Lunatic asylums Madras 1877-1891 - 1877-1891
Year: 1877
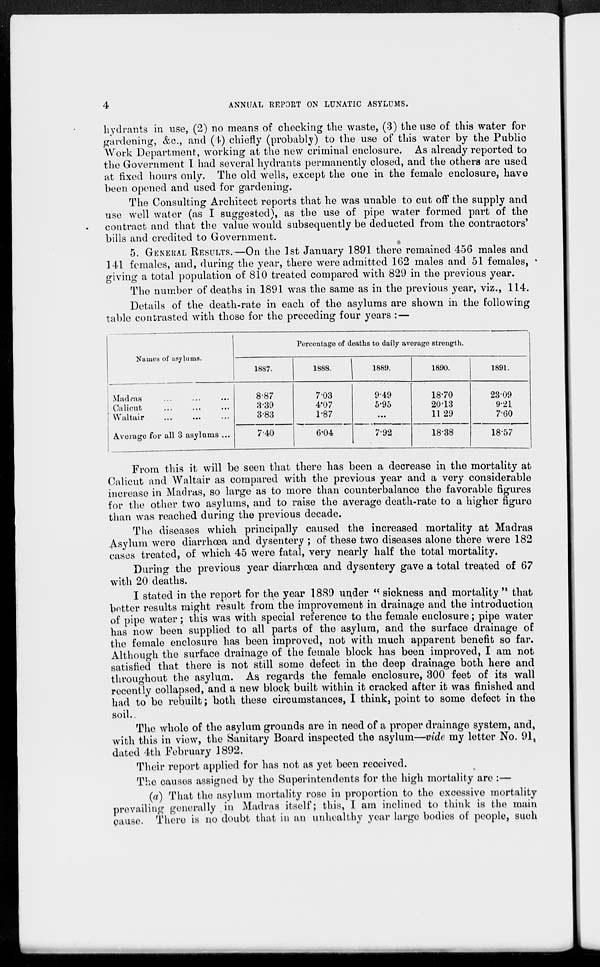
4 ANNUAL REPORT ON LUNATIC ASYLUMS.
hydrants in use, (2) no means of checking the waste, (3) the use of this water for
gardening, &c, and (4) chiefly (probably) to the use of this water by the Public
"Work Department, working at the new criminal enclosure. As already reported to
the Government I had several hydrants permanently closed, and the others are used
at fixed hours only. The old wells, except the one in the female enclosure, have
been opened and used for gardening.
The Consulting Architect reports that he was unable to cut off the supply and
use well water (as I suggested), as the use of pipe water formed part of the
contract and that the value would subsequently be deducted from the contractors'
bills and credited to Government.
5. GENERAL RESULTS.—On the 1st January 1891 there remained 456 males and
141 females, and, during the year, there were admitted 162 males and 51 females,
giving a total population of 810 treated compared with 829 in the previous year.
The number of deaths in 1891 was the same as in the previous year, viz., 114.
Details of the death-rate in each of the asylums are shown in the following
table contrasted with those for the preceding four years :—
Names of asylums.
Madras ... ... ...
Calicut ... ... ...
Waltair ... ... ...
Average for all 3 asylums ...
Percentage of deaths to daily average strength.
1887.
8.87
3.39
3.83
7.40
1888.
7.03
4.07
1.87
6.04
1889.
9.49
5.95
...
7.92
1890.
18.70
20.13
11.29
18.38
1891.
23.09
9.21
7.60
18.57
From this it will be seen that there has been a decrease in the mortality at
Calicut and Waltair as compared with the previous year and a very considerable
increase in Madras, so large as to more than counterbalance the favorable figures
for the other two asylums, and to raise the average death-rate to a higher figure
than was reached during the previous decade.
The diseases which principally caused the increased mortality at Madras
Asylum were diarrhœa and dysentery ; of these two diseases alone there were 182
cases treated, of which 45 were fatal, very nearly half the total mortality.
During the previous year diarrhœa and dysentery gave a total treated of 67
with 20 deaths.
I stated in the report for the year 1889 under " sickness and mortality " that
better results might result from the improvement in drainage and the introduction
of pipe water; this was with special reference to the female enclosure; pipe water
has now been supplied to all parts of the asylum, and the surface drainage of
the female enclosure has been improved, not with much apparent benefit so far.
Although the surface drainage of the female block has been improved, I am not
satisfied that there is not still some defect in the deep drainage both here and
throughout the asylum. As regards the female enclosure, 300 feet of its wall
recently collapsed, and a new block built within it cracked after it was finished and
had to be rebuilt; both these circumstances, I think, point to some defect in the
soil.,
The whole of the asylum grounds are in need of a proper drainage System, and,
with this in view, the Sanitary Board inspected the asylum—vide my letter No. 91,
dated 4th February 1892.
Their report applied for has not as yet been received.
The causes assigned by the Superintendents for the high mortality are :—
(a) That the asylum mortality rose in proportion to the excessive mortality
prevailing generally in Madras itself; this, I am inclined to think is the main
pause. There is no doubt that in an unhealthy year large bodies of people, such